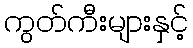
ကွတ်ကီးများနှင့်